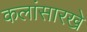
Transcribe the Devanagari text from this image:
कलांसारखे